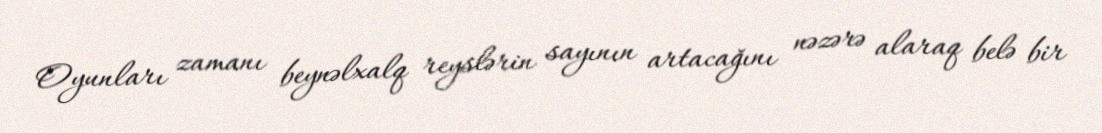
Oyunları zamanı beynəlxalq reyslərin sayının artacağını nəzərə alaraq belə bir